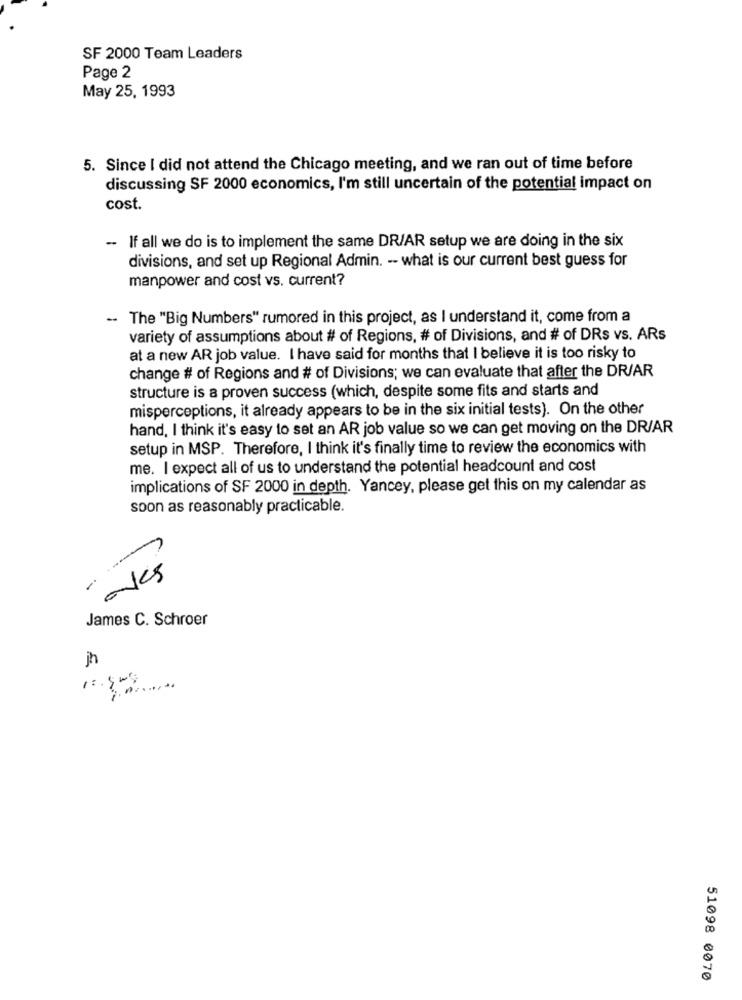
SF 2000 Team Leaders
Page 2
May 25, 1993
5. Since I did not attend the Chicago meeting, and we ran out of time before
discussing SF 2000 economics, I'm still uncertain of the potential impact on
cost.
- If all we do is to implement the same DR/AR setup we are doing in the six
divisions, and set up Regional Admin. -- what is our current best guess for
manpower and cost vs. current?
-- The "Big Numbers" rumored in this project, as I understand it, come from a
variety of assumptions about # of Regions, # of Divisions, and # of DRs vs. ARs
at a new AR job value. I have said for months that I believe it is too risky to
change # of Regions and # of Divisions; we can evaluate that after the DR/AR
structure is a proven success (which, despite some fits and starts and
misperceptions, it already appears to be in the six initial tests). On the other
hand, I think it's easy to set an AR job value so we can get moving on the DR/AR
setup in MSP. Therefore, I think it's finally time to review the economics with
me. I expect all of us to understand the potential headcount and cost
implications of SF 2000 in depth. Yancey, please get this on my calendar as
soon as reasonably practicable.
oves
James C. Schroer
jh
51098 0070